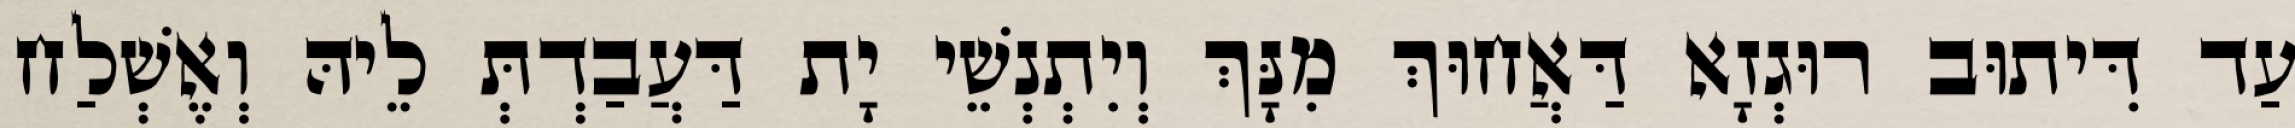
עַד דִּיתוּב רוּגְזָא דַּאֲחוּךְ מִנָּךְ וְיִתְנְשֵׁי יָת דַּעֲבַדְתְּ לֵיהּ וְאֶשְׁלַח